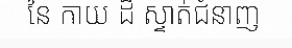
នៃ កាយ ដ៏ ស្ទាត់ជំនាញ